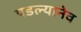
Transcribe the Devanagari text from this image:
पडल्यानेव